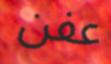
عفن